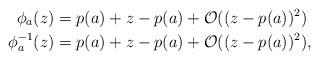
LaTeX: \begin{align*} \phi_a (z) &= p(a) + z-p(a) + \mathcal{O} ((z-p(a))^2) \\ \phi_a^{-1}(z) &= p(a) + z-p(a) + \mathcal{O} ((z-p(a))^2), \end{align*}